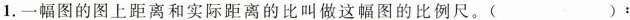
1.一幅图的图上距离和实际距离的比叫做这幅图的比例尺。( )：